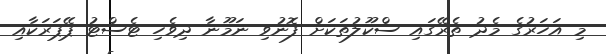
މި އަހަރުގެ މެދު ތެރޭގައި ސްކޫލުތަކަށް ފޮނުވި ނަމޫނާ ދިވެހި ޓެސްޓު ޕޭޕަރަކާއި